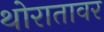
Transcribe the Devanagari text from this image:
थोरातावर